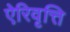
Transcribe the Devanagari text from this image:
ऐरिवृत्ति